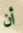
أن